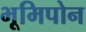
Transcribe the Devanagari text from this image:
भूमिपोन